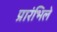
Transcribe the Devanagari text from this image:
प्रारंभिले